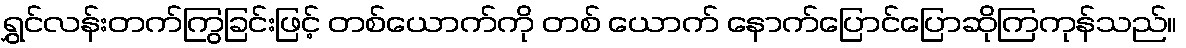
ရွှင်လန်းတက်ကြွခြင်းဖြင့် တစ်ယောက်ကို တစ် ယောက် နောက်ပြောင်ပြောဆိုကြကုန်သည်။